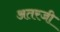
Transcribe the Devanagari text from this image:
अतरजी